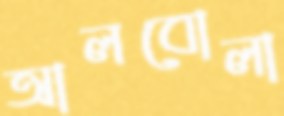
আলবোলা